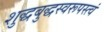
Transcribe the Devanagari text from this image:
शुद्धबुद्धस्वरूपस्त्वं